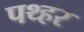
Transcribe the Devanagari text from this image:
पथ्हर